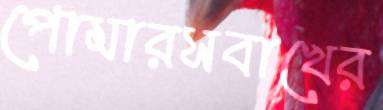
পোমারসবাখের